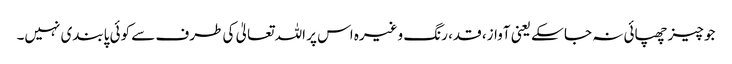
جو چیز چھپائی نہ جا سکے یعنی آواز، قد، رنگ وغیرہ اس پر اللہ تعالیٰ کی طرف سے کوئی پابندی نہیں۔